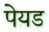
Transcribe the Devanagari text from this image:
पेयड